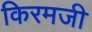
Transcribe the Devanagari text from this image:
किरमजी